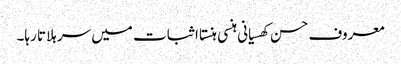
معروف حسن کھسیانی ہنسی ہنستا اثبات میں سر ہلاتا رہا۔